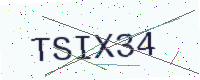
Text: TSIX34